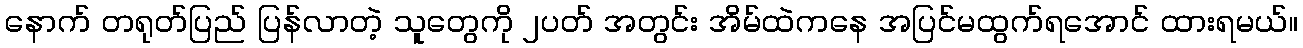
နောက် တရုတ်ပြည် ပြန်လာတဲ့ သူတွေကို ၂ပတ် အတွင်း အိမ်ထဲကနေ အပြင်မထွက်ရအောင် ထားရမယ်။